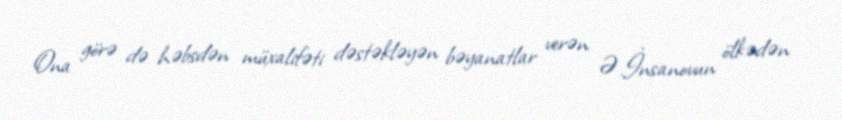
Ona görə də həbsdən müxalifəti dəstəkləyən bəyanatlar verən Ə.İnsanovun ölkədən